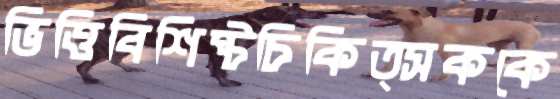
ভিত্তিবিশিষ্টচিকিত্সককে